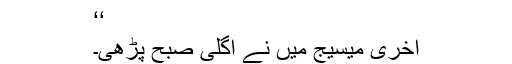
‘‘
آخری میسیج میں نے اگلی صبح پڑھی۔